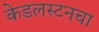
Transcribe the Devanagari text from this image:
केडलस्टनचा